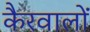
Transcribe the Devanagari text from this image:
कैरवालों